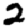
Digit: 2